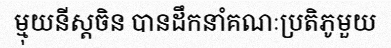
ម្មុយនីស្តចិន បានដឹកនាំគណៈប្រតិភូមួយ